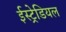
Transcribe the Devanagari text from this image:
ईस्ट्रेडियल